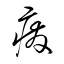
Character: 癈